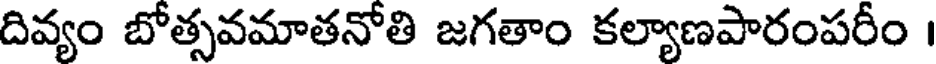
దివ్యం బోత్సవమాతనోతి జగతాం కల్యాణపారంపరీం ।